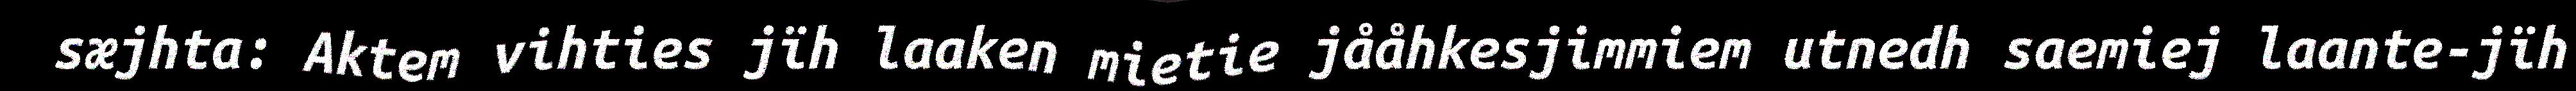
sæjhta: Aktem vihties jïh laaken mietie jååhkesjimmiem utnedh saemiej laante-jïh